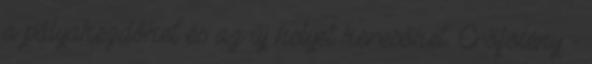
a pályakezdőket és az új helyet keresőket. Erőfölény -